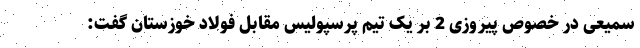
سمیعی در خصوص پیروزی 2 بر یک تیم پرسپولیس مقابل فولاد خوزستان گفت: